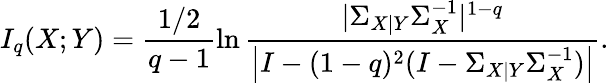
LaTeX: I_{q}(X;Y)=\frac{1/2}{q-1}\ln\frac{|\Sigma_{X|Y}\Sigma_{X}^{-1}|^{1-q}}{\left|I-(1-q)^{2}(I-\Sigma_{X|Y}\Sigma_{X}^{-1})\right|}.